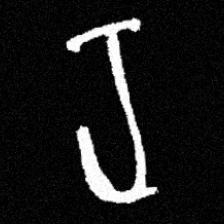
Pyu character \u2014 Myanmar letter: ရ (romanized: ra)